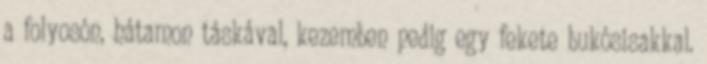
a folyosón, hátamon táskával, kezemben pedig egy fekete bukósisakkal.